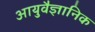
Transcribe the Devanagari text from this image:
आयुवैज्ञानिक